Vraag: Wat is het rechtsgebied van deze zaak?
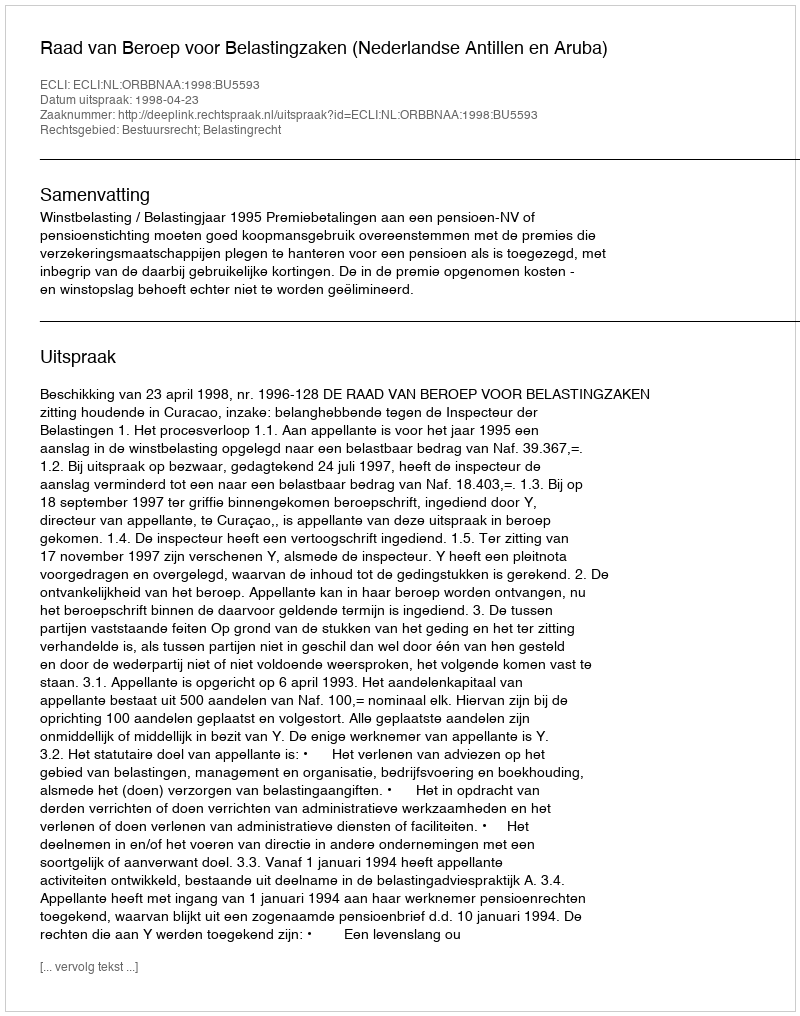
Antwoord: Bestuursrecht; Belastingrecht